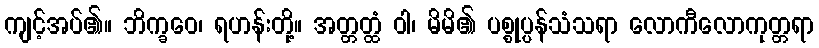
ကျင့်အပ်၏။ ဘိက္ခဝေ၊ ရဟန်းတို့။ အတ္တတ္ထံ ဝါ၊ မိမိ၏ ပစ္စုပ္ပန်သံသရာ လောကီလောကုတ္တရာ